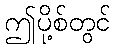
ဤပို့စ်တွင်